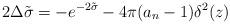
LaTeX: \begin{align*} 2 \Delta \tilde \sigma = -e^{-2\tilde\sigma}- 4\pi (a_n -1) \delta^2(z)\end{align*}